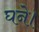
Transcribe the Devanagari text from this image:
घने।